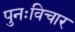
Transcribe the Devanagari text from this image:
पुनःविचार